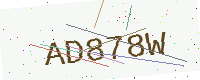
Text: AD878W